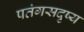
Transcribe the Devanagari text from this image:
पतंगसदृष्य